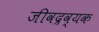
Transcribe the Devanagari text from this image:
जीवद्रव्यक